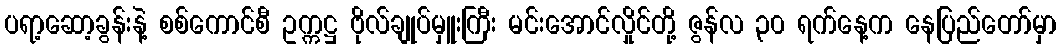
ပရာ့ဆော့ခွန်းနဲ့ စစ်ကောင်စီ ဥက္ကဋ္ဌ ဗိုလ်ချုပ်မှူးကြီး မင်းအောင်လှိုင်တို့ ဇွန်လ ၃၀ ရက်နေ့က နေပြည်တော်မှာ